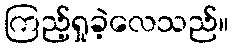
ကြည့်ရှုခဲ့လေသည်။